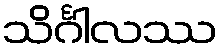
သိင်္ဂါလဿ